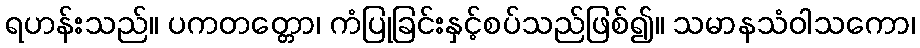
ရဟန်းသည်။ ပကတတ္တော၊ ကံပြုခြင်းနှင့်စပ်သည်ဖြစ်၍။ သမာနသံဝါသကော၊